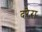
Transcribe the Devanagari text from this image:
दरेरा